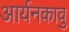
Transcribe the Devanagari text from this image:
आर्यनकावु